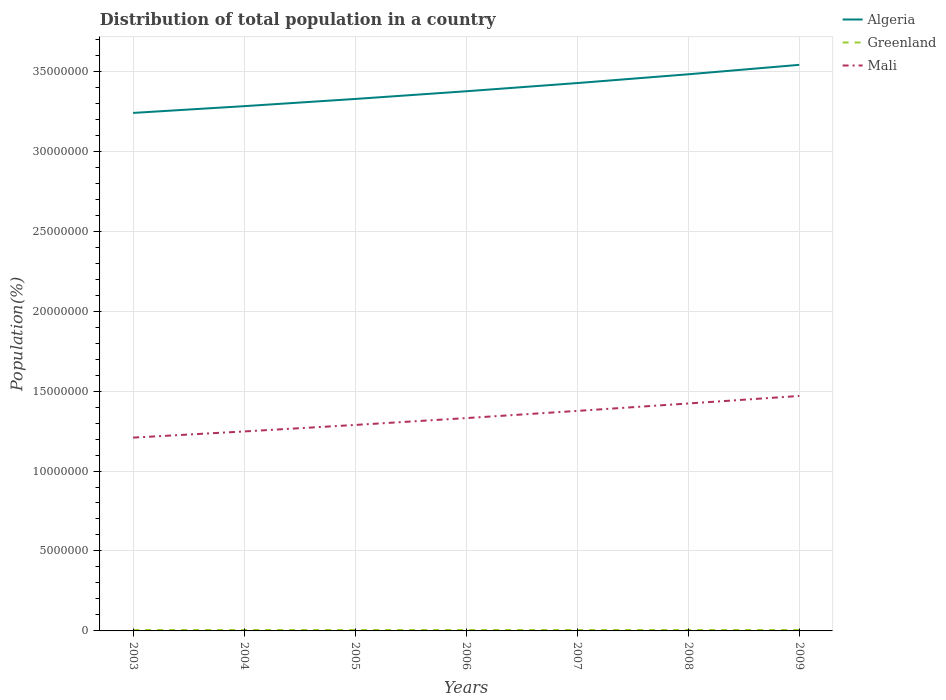
| Years | Algeria | Greenland | Mali |
 | --- | --- | --- | --- |
 | 2003 | 3.24e+07 | 5.68e+04 | 1.21e+07 |
 | 2004 | 3.28e+07 | 5.69e+04 | 1.25e+07 |
 | 2005 | 3.33e+07 | 5.69e+04 | 1.29e+07 |
 | 2006 | 3.37e+07 | 5.68e+04 | 1.33e+07 |
 | 2007 | 3.43e+07 | 5.66e+04 | 1.38e+07 |
 | 2008 | 3.48e+07 | 5.63e+04 | 1.42e+07 |
 | 2009 | 3.54e+07 | 5.63e+04 | 1.47e+07 |